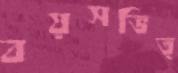
বয়সভিত্